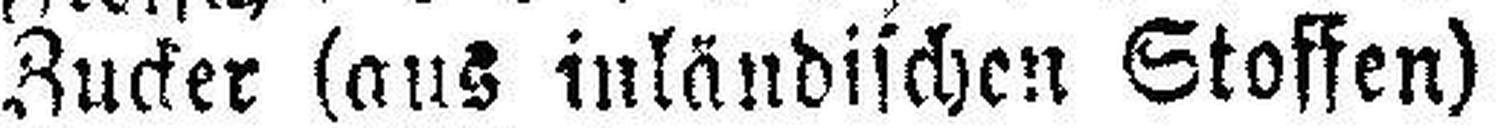
Zucker (aus inländischen Stoffen)